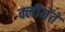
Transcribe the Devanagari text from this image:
क्लीमेंते